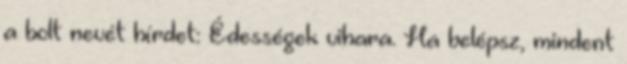
a bolt nevét hírdet: Édességek vihara. Ha belépsz, mindent